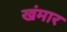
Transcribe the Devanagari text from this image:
खंमार